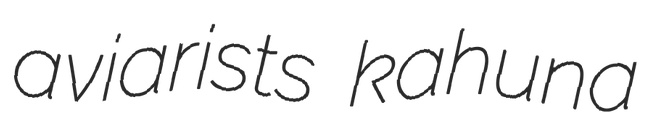
aviarists kahuna